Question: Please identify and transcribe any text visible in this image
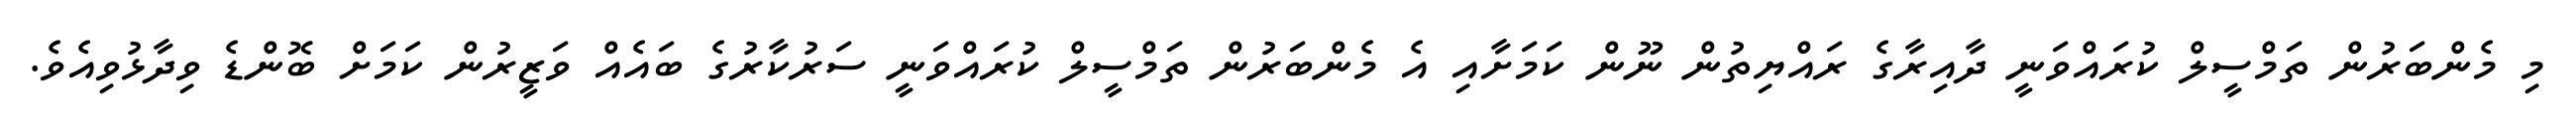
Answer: މި މެންބަރުން ތަމްސީލް ކުރައްވަނީ ދާއިރާގެ ރައްޔިތުން ނޫން ކަމަށާއި އެ މެންބަރުން ތަމްސީލް ކުރައްވަނީ ސަރުކާރުގެ ބައެއް ވަޒީރުން ކަމަށް ބޮންޑެ ވިދާޅުވިއެވެ.